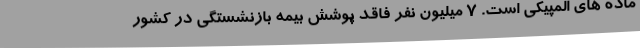
ماده های المپیکی است. 7 میلیون نفر فاقد پوشش بیمه بازنشستگی در کشور